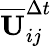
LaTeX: \overline{{\mathbf{U}}}_{ij}^{\Delta t}